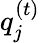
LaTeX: {q_{j}^{\left(t\right)}}